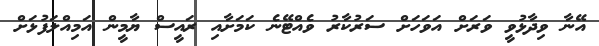
އޭނާ ވިދާޅުވީ ވަރަށް އަވަހަށް ސަރުކާރު ވެއްޓޭނެ ކަމަށާއި ރައީސް ޔާމީން އަމިއްލަފުޅަށް